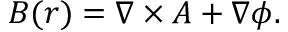
\ensuremath { \boldsymbol { B } } ( \ensuremath { \boldsymbol { r } } ) = \ensuremath { \boldsymbol { \nabla } } \times \ensuremath { \boldsymbol { A } } + \ensuremath { \boldsymbol { \nabla } } \phi .